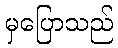
မှပြောသည်